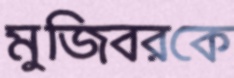
মুজিবরকে